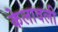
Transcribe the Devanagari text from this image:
केलावली